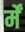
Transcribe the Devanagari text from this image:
र्में